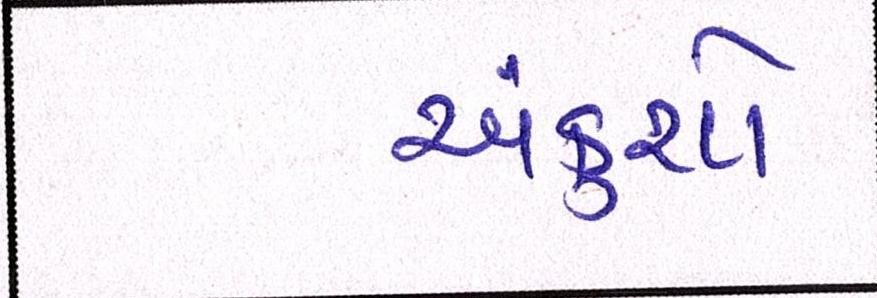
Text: અંકુશો